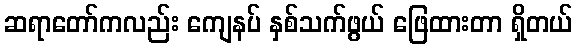
ဆရာတော်ကလည်း ကျေနပ် နှစ်သက်ဖွယ် ဖြေထားတာ ရှိတယ်